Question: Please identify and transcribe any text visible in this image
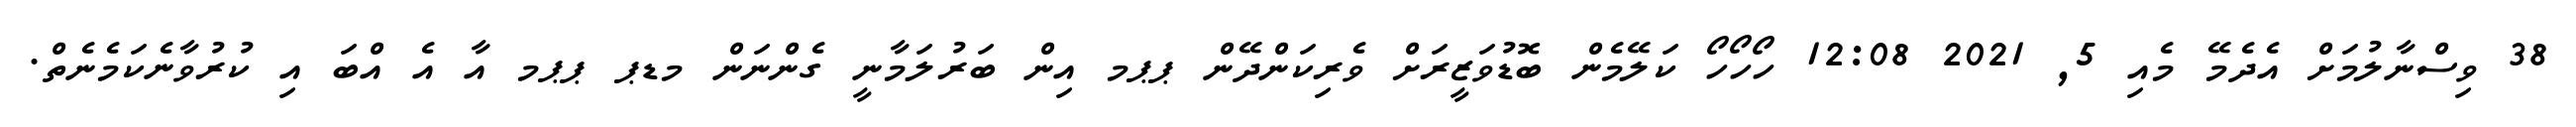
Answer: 38 ވިސްނާލުމަށް އެދެމޭ މެއި 5, 2021 12:08 ހޯހޯހޯ ކަލޭމެން ބޮޑުވަޒީރަށް ވެރިކަންދޭން ޕޕމ އިން ބަރުލަމާނީ ގެންނަން މޑޕ ޕޕމ އާ އެ އްބަ އި ކުރުވާނެކަމެނެތް.